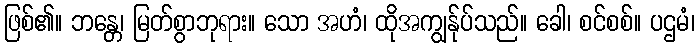
ဖြစ်၏။ ဘန္တေ၊ မြတ်စွာဘုရား။ သော အဟံ၊ ထိုအကျွန်ုပ်သည်။ ခေါ၊ စင်စစ်။ ပဌမံ၊